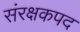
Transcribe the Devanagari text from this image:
संरक्षकपद